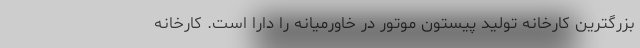
بزرگترین کارخانه تولید پیستون موتور در خاورمیانه را دارا است. کارخانه